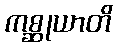
ကစ္ဆုယာတိ